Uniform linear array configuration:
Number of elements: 64
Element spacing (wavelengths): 0.75
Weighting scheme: blackman
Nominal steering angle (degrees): -15
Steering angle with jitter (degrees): -14.757
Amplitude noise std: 0.05
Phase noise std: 0.05

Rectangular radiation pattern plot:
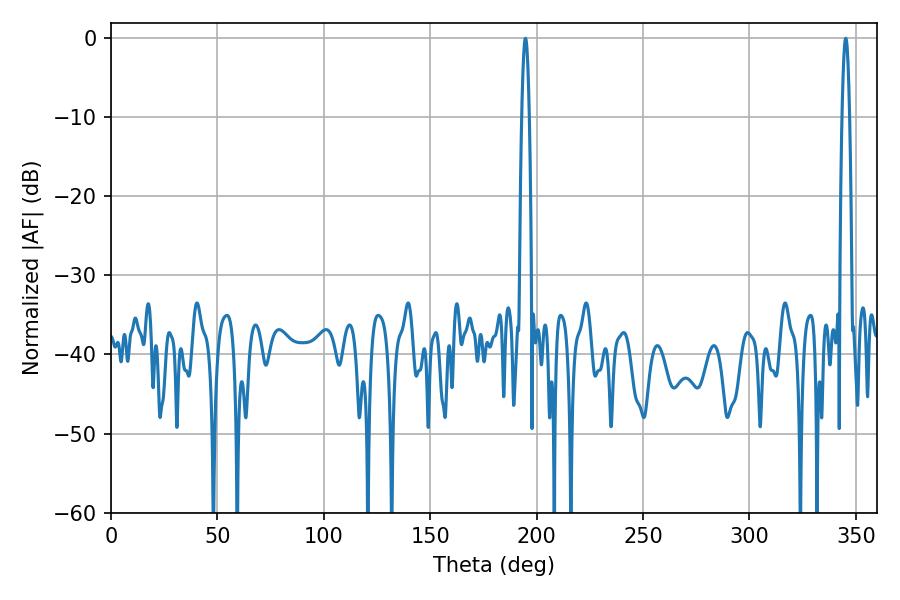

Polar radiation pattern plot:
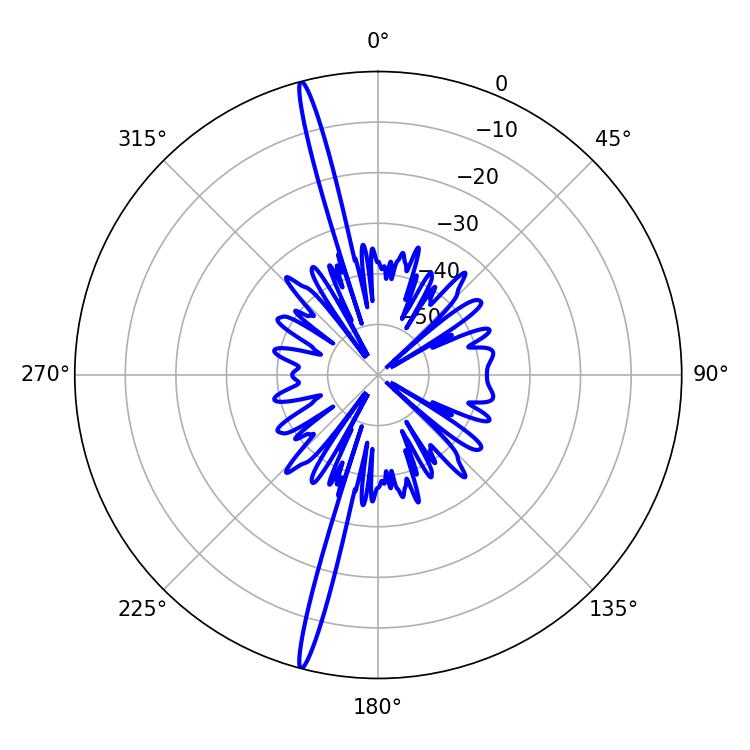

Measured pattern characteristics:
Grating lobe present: TRUE
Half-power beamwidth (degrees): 1.8
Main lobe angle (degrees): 194.76